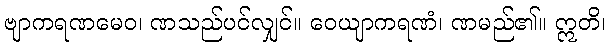
ဗျာကရဏမေဝ၊ ဏသည်ပင်လျှင်။ ဝေယျာကရဏံ၊ ဏမည်၏။ ဣတိ၊